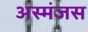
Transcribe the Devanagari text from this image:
अस्मंजस